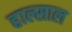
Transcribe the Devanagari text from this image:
हाल्साल